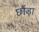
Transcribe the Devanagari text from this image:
छौंड़ा